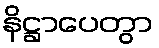
နိဋ္ဌာပေတွာ